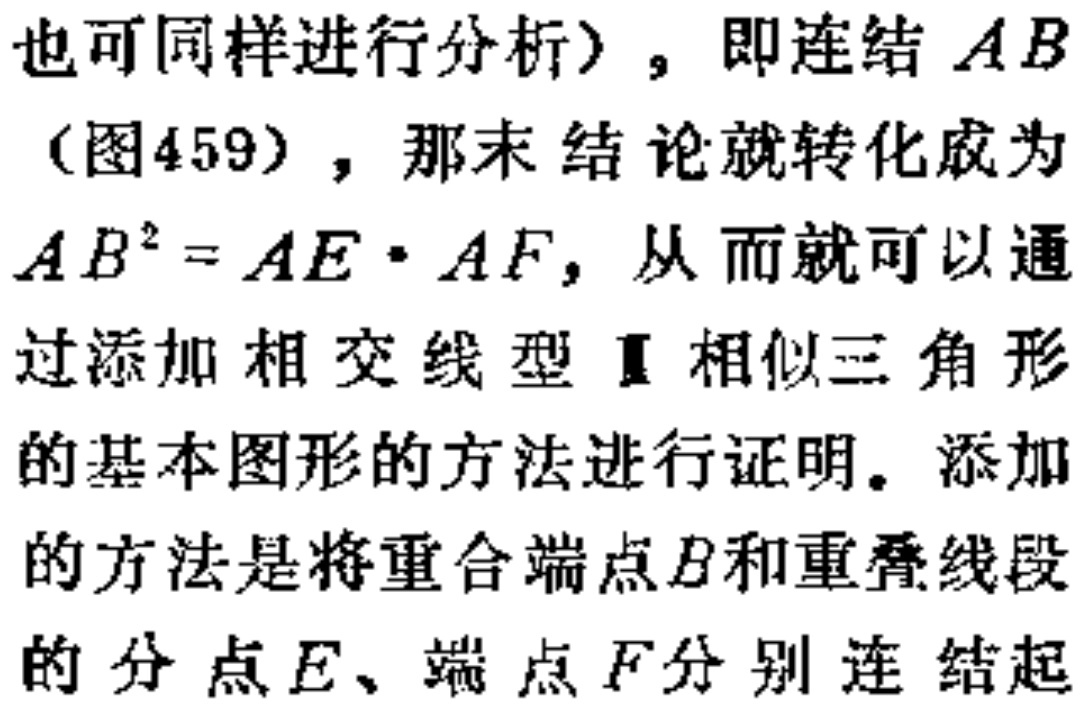
也可同样进行分析），即连结 \(AB\)（图459），那末结论就转化成为 \(AB^{2}=AE\cdot AF\)，从而就可以通过添加相交线型Ⅱ相似三角形的基本图形的方法进行证明。添加的方法是将重合端点\(B\)和重叠线段的分点\(E\)、端点\(F\)分别连结起